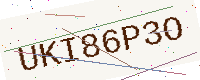
Text: UKI86P3O